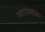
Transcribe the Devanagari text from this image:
रसायनावर